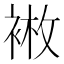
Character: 𫋿